Note on the mental hospitals in Burma - 1925-1940
Year: 1925
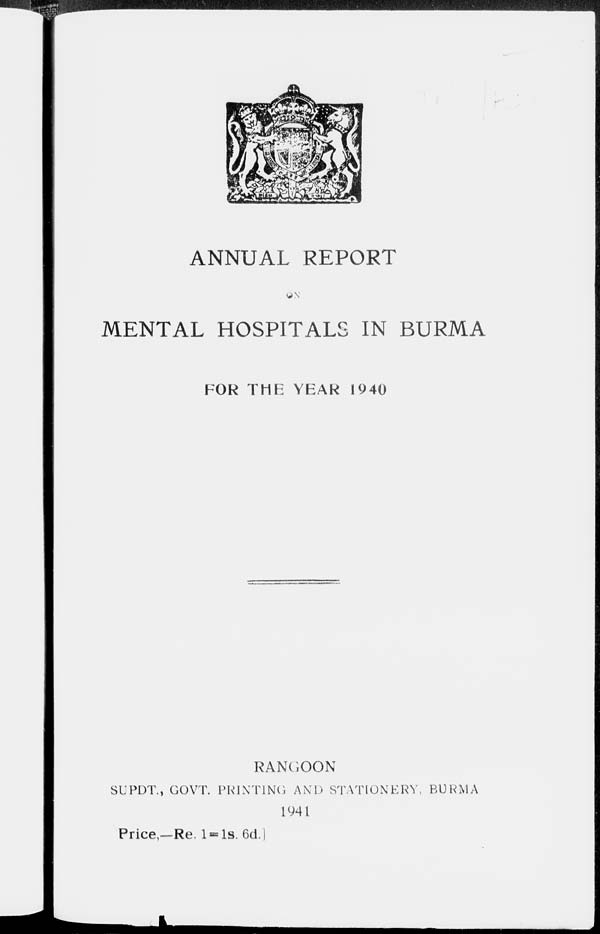
ANNUAL REPORT
ON
MENTAL HOSPITALS IN BURMA
FOR THE YEAR 1940
RANGOON
SUPDT., GOVT. PRINTING AND STATIONERY, BURMA
1941
Price,—Re. 1=1s. 6d.]